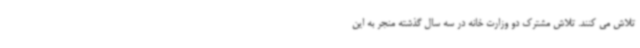
تلاش می کنند. تلاش مشترک دو وزارت خانه در سه سال گذشته منجر به این